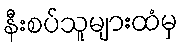
နီးစပ်သူများထံမှ